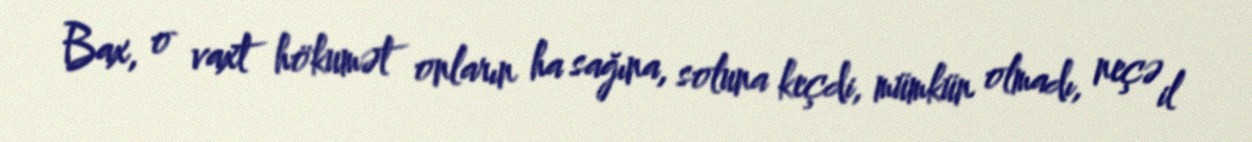
Bax, o vaxt hökumət onların ha sağına, soluna keçdi, mümkün olmadı, neçə il